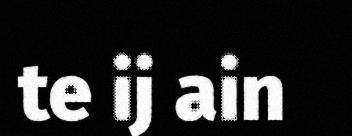
te ij ain